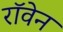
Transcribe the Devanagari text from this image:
रॉवेन